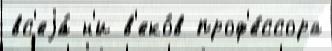
вс'еjа́ н'и в'еко́в проф'е́ссора